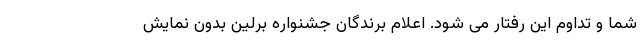
شما و تداوم این رفتار می شود. اعلام برندگان جشنواره برلین بدون نمایش